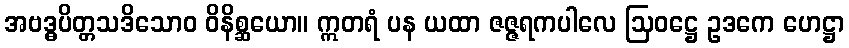
အဗဒ္ဓပိတ္တသဒိသောဝ ဝိနိစ္ဆယော။ ဣတရံ ပန ယထာ ဇဇ္ဇရကပါလေ ဩဝဋ္ဌေ ဥဒကေ ဟေဋ္ဌာ